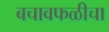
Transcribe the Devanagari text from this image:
बचावफळीचा